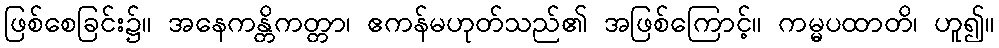
ဖြစ်စေခြင်း၌။ အနေကန္တိကတ္တာ၊ ဧကန်မဟုတ်သည်၏ အဖြစ်ကြောင့်။ ကမ္မပထာတိ၊ ဟူ၍။